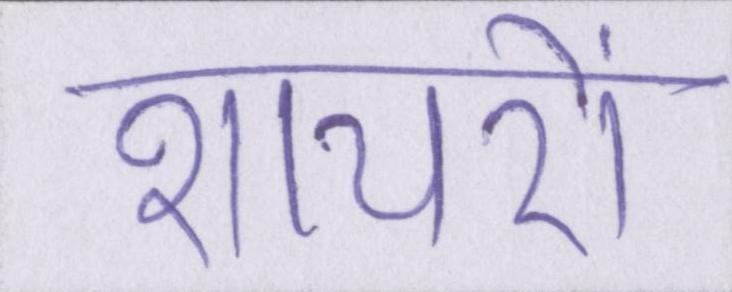
शायरों